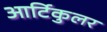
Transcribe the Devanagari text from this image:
आर्टिकुलर